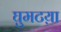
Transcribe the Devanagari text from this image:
घुमटय़ा